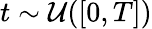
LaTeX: t\sim\mathcal{U}([0,T])